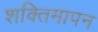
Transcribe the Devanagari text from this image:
शक्तिमापन